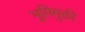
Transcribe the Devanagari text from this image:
भूमिमुक्ती